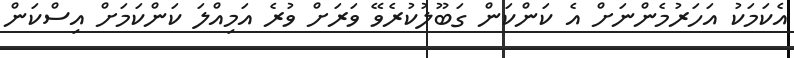
އެކަމަކު އަހަރުމެންނަށް އެ ކަންކަން ގަބޫލުކުރެވޭ ވަރަށް ވުރެ އަމިއްލަ ކަންކަމަށް އިސްކަން